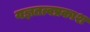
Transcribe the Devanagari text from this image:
यज्ञतत्वप्रकाश